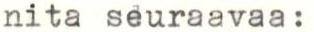
nita seuraavaa: